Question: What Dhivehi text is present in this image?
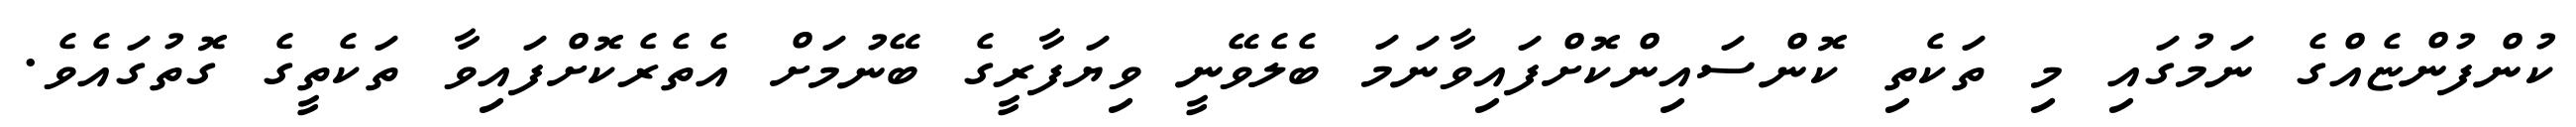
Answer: ކުންފުންޏެއްގެ ނަމުގައި މި ތަކެތި ކޮންސައިންކޮށްފައިވާނަމަ ބެލެވޭނީ ވިޔަފާރީގެ ބޭނުމަށް އެތެރެކޮށްފައިވާ ތަކެތީގެ ގޮތުގައެވެ.